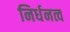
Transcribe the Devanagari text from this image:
निर्धनत्व